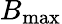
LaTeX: B_{\mathrm{max}}